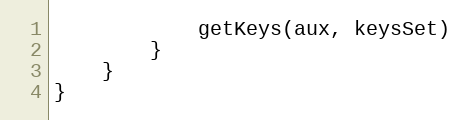
Language: Go
			getKeys(aux, keysSet)
		}
	}
}